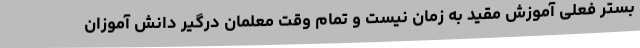
بستر فعلی آموزش مقید به زمان نیست و تمام وقت معلمان درگیر دانش آموزان